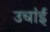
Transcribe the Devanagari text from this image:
उचांई